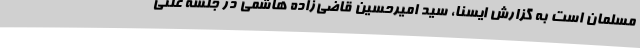
مسلمان است به گزارش ایسنا، سید امیرحسین قاضی‌زاده هاشمی در جلسه علنی